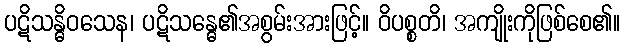
ပဋိသန္ဓိဝသေန၊ ပဋိသန္ဓေ၏အစွမ်းအားဖြင့်။ ဝိပစ္စတိ၊ အကျိုးကိုဖြစ်စေ၏။